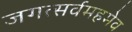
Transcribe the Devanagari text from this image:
जगत्सर्वमहमेव